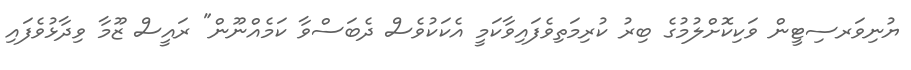
ޔުނިވަރސިޓީން ވަކިކޮށްލުމުގެ ބިރު ކުރިމަތިވެފައިވާކަމީ އެކަކުވެސް ދެބަސްވާ ކަމެއްނޫން" ރައީސް ޒޫމާ ވިދާޅުވެފައި